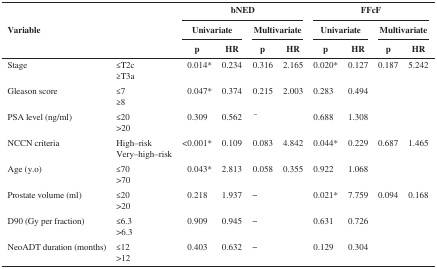
| <ROWSPAN=3> Variable |  | <COLSPAN=4> bNED | <COLSPAN=4> FFcF |
 |  | <COLSPAN=2> Univariate | <COLSPAN=2> Multivariate | <COLSPAN=2> Univariate | <COLSPAN=2> Multivariate |
 |  | p | HR | p | HR | p | HR | p | HR |
 | --- | --- | --- | --- | --- | --- | --- | --- | --- | --- |
 | Stage | ≤T2c≥T3a | 0.014* | 0.234 | 0.316 | 2.165 | 0.020* | 0.127 | 0.187 | 5.242 |
 | Gleason score | ≤7≥8 | 0.047* | 0.374 | 0.215 | 2.003 | 0.283 | 0.494 |  |  |
 | PSA level (ng/ml) | ≤20>20 | 0.309 | 0.562 | − |  | 0.688 | 1.308 |  |  |
 | NCCN criteria | High–risk Very–high–risk | <0.001* | 0.109 | 0.083 | 4.842 | 0.044* | 0.229 | 0.687 | 1.465 |
 | Age (y.o) | ≤70>70 | 0.043* | 2.813 | 0.058 | 0.355 | 0.922 | 1.068 |  |  |
 | Prostate volume (ml) | ≤20>20 | 0.218 | 1.937 | − |  | 0.021* | 7.759 | 0.094 | 0.168 |
 | D90 (Gy per fraction) | ≤6.3>6.3 | 0.909 | 0.945 | − |  | 0.631 | 0.726 |  |  |
 | NeoADT duration (months) | ≤12>12 | 0.403 | 0.632 | − |  | 0.129 | 0.304 |  |  |